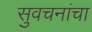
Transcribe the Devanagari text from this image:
सुवचनांचा